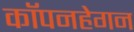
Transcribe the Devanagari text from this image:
कॉपनहेगन